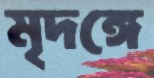
মৃদঙ্গে